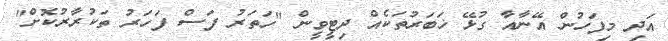
އަދި މިފަހުން އޭނާއާ ގުޅޭ ޚަބަރުތަކެއް ދިޓީވީން "ހަތަރު ފަސް ފަހަރު ތަކުރާރުކޮށް"